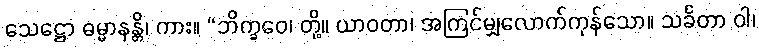
သေဋ္ဌော ဓမ္မာနန္တိ၊ ကား။ “ဘိက္ခဝေ၊ တို့။ ယာဝတာ၊ အကြင်မျှလောက်ကုန်သော။ သင်္ခတာ ဝါ၊